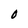
Character: 0